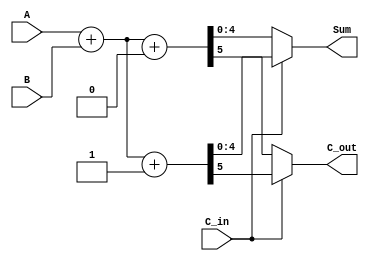
module CarrySelectAdder (
    input [3:0] A,      // 4-bit input A
    input [3:0] B,      // 4-bit input B
    input C_in,         // Carry input
    output [4:0] Sum,   // 5-bit output sum (4 bits + carry out)
    output C_out        // Carry output
);
    wire [4:0] Sum0, Sum1; // Sums assuming C_in = 0 and C_in = 1
    wire C0, C1;           // Carry outputs for both scenarios

    // Full Adder Logic for C_in = 0
    assign {C0, Sum0} = A + B + 1'b0;

    // Full Adder Logic for C_in = 1
    assign {C1, Sum1} = A + B + 1'b1;

    // Multiplexer to select the correct sum based on C_in
    assign Sum = C_in ? Sum1 : Sum0;

    // Carry out selection
    assign C_out = C_in ? C1 : C0;

endmodule